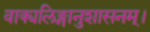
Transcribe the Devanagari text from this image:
वाक्यलिङ्गानुशासनम्।